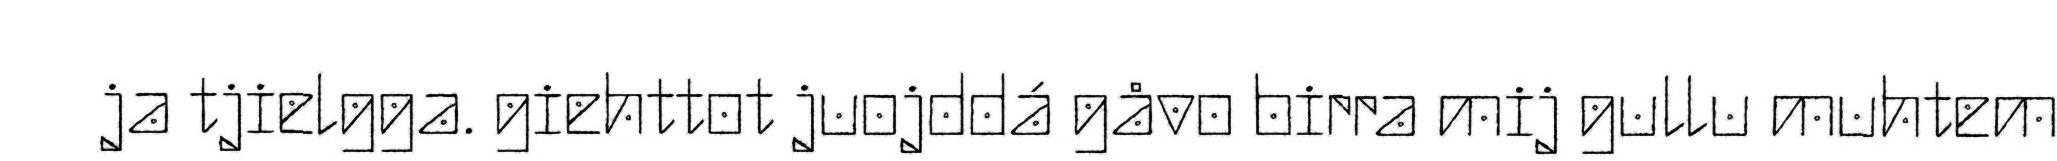
ja tjielgga. giehttot juojddá gåvo birra mij gullu muhtem